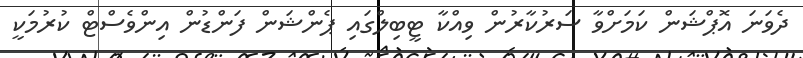
ދެވަނަ އޮޕްޝަން ކަމަށްވާ ސަރުކާރުން ވިއްކާ ޓީބިލްގައި ޕެންޝަން ފަންޑުން އިންވެސްޓް ކުރުމަކީ